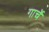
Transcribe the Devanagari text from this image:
गार्चे